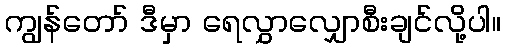
ကျွန်တော် ဒီမှာ ရေလွှာလျှောစီးချင်လို့ပါ။